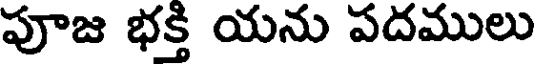
పూజ భక్తి యను పదములు